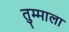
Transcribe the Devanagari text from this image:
तुम्माला